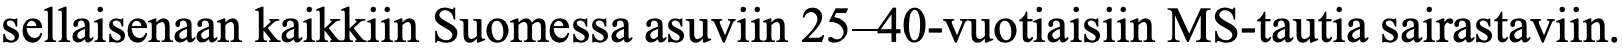
sellaisenaan kaikkiin Suomessa asuviin 25–40-vuotiaisiin MS-tautia sairastaviin.